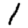
Digit: 1